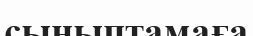
сыныптамаға